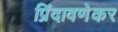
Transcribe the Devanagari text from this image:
प्रिंदावणेकर